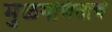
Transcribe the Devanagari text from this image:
मुळगणिताचे